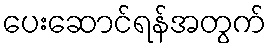
ပေးဆောင်ရန်အတွက်